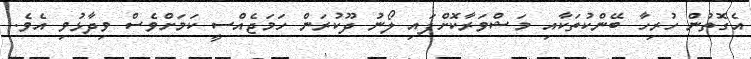
އެގޮތުން ހުރިހާ ބޭންކުތަކާއި މަޝްވަރާކޮށްފައި ލޯނު ދޫކުރަން ހަމަޖެއްސީ ކަމަށްވެސް ވިދާޅުވި އެވެ.